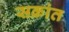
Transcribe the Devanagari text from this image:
सक्रांत